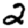
Digit: 2